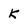
Character: K